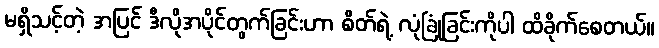
မရှိသင့်တဲ့ အပြင် ဒီလိုအပိုင်တွက်ခြင်းဟာ စိတ်ရဲ့ လုံခြုံခြင်းကိုပါ ထိခိုက်စေတယ်။